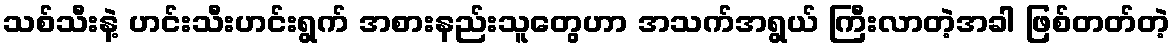
သစ်သီးနဲ့ ဟင်းသီးဟင်းရွက် အစားနည်းသူတွေဟာ အသက်အရွယ် ကြီးလာတဲ့အခါ ဖြစ်တတ်တဲ့